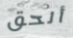
ألحق